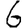
Digit: 6